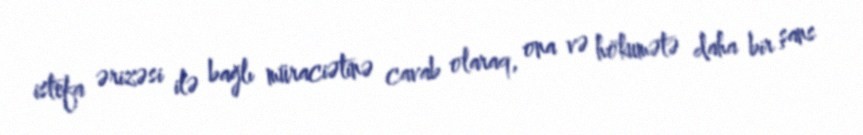
istefa ərizəsi ilə bağlı müraciətinə cavab olaraq, ona və hökumətə daha bir şans